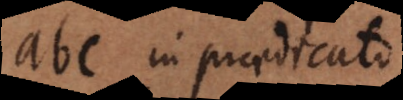
abc in praedicato